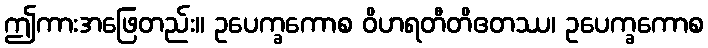
ဤကားအဖြေတည်း။ ဥပေက္ခကောစ ဝိဟရတီတိဧတဿ၊ ဥပေက္ခကောစ